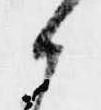
候